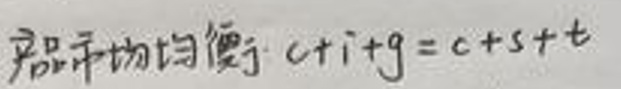
产品市场均衡：$c + i + g = c + s + t$